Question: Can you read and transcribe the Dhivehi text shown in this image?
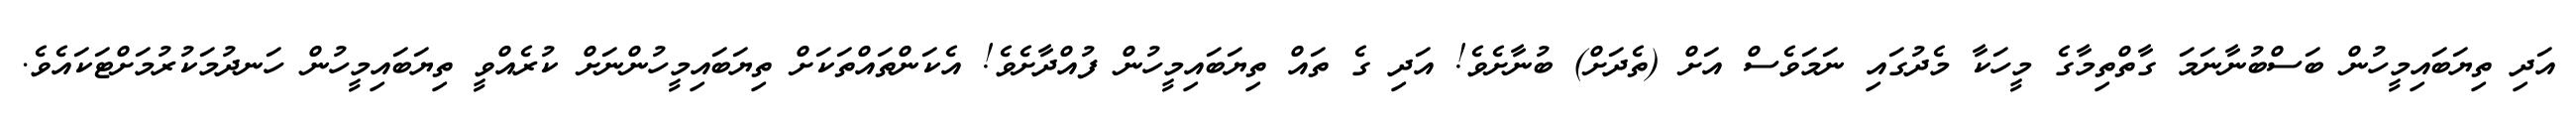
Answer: އަދި ތިޔަބައިމީހުން ބަސްބުނާނަމަ ގާތްތިމާގެ މީހަކާ މެދުގައި ނަމަވެސް އަށް (ތެދަށް) ބުނާށެވެ! އަދި ގެ ތައް ތިޔަބައިމީހުން ފުއްދާށެވެ! އެކަންތައްތަކަށް ތިޔަބައިމީހުންނަށް ކުރެއްވީ ތިޔަބައިމީހުން ހަނދުމަކުރުމަށްޓަކައެވެ.